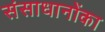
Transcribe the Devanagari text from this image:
संसाधानोंका